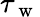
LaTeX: \tau_{\mathrm{~w~}}